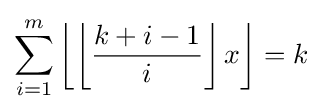
\sum _{i=1}^{m}\left\lfloor \left\lfloor {\frac {k+i-1}{i}}\right\rfloor x\right\rfloor =k